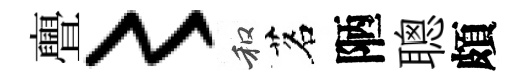
亹〻和茗陋聰頗